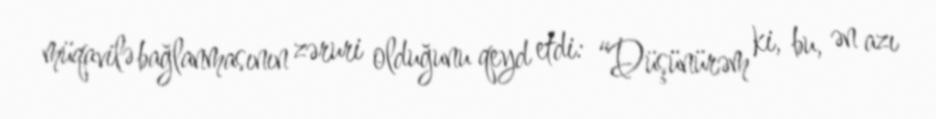
müqavilə bağlanmasının zəruri olduğunu qeyd etdi: “Düşünürəm ki, bu, ən azı